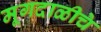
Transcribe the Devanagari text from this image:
मूगदाळीचे